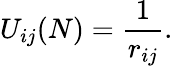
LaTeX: U_{ij}(N)={\frac{1}{r_{ij}}}.